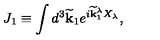
J _ { 1 } \equiv \int d ^ { 3 } \widetilde { \bf k } _ { 1 } e ^ { i \widetilde { \bf k } _ { 1 } ^ { \lambda } X _ { \lambda } } ,